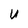
Character: U